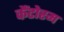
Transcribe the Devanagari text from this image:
कैंटोरम